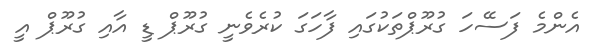
އެންމެ ފަސޭހަ ގުރޫޕްތަކުގައި ފާހަގަ ކުރެވެނީ ގުރޫޕް ޑީ އާއި ގުރޫޕް އީ